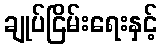
ချုပ်ငြိမ်းရေးနှင့်